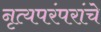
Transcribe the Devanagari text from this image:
नृत्यपरंपरांचे